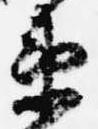
衛